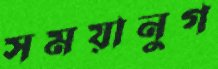
সময়ানুগ